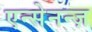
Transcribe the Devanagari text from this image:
एन्सेनन्ज़